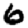
Digit: 6